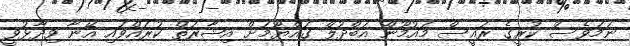
ނަމަވެސް ކުރީގެ ރައީސް މައުމޫން އަބްދުލް ގައްޔޫމަށް އިޝާރަތް ކުރައްވައި އޭނާ ވިދާޅުވީ